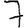
Digit: 7